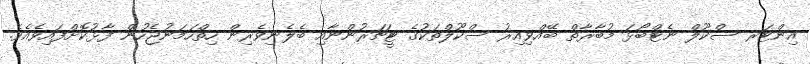
އިންޓަރ ސްކޫލް ނެޓްބޯޅަ މުބާރާތް ބޭއްވިއިރު ސްކޫލްތަކުގެ ޓީޗަރުންނާއި ބެލެނިވެރިން ހިތްހަމަނުޖެހުން ފާޅުކޮށްފައިވެއެވެ.